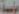
مؤسسة